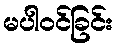
မပါဝင်ခြင်း